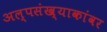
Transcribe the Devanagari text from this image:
अल्पसंख्याकांवर